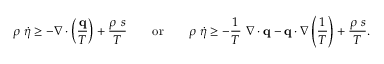
\rho ~ { \dot { \eta } } \geq - { \boldsymbol { \nabla } } \cdot \left( { \frac { \mathbf { q } } { T } } \right) + { \frac { \rho ~ s } { T } } \qquad { \mathrm { o r } } \qquad \rho ~ { \dot { \eta } } \geq - { \frac { 1 } { T } } ~ { \boldsymbol { \nabla } } \cdot \mathbf { q } - \mathbf { q } \cdot { \boldsymbol { \nabla } } \left( { \frac { 1 } { T } } \right) + { \frac { \rho ~ s } { T } } .